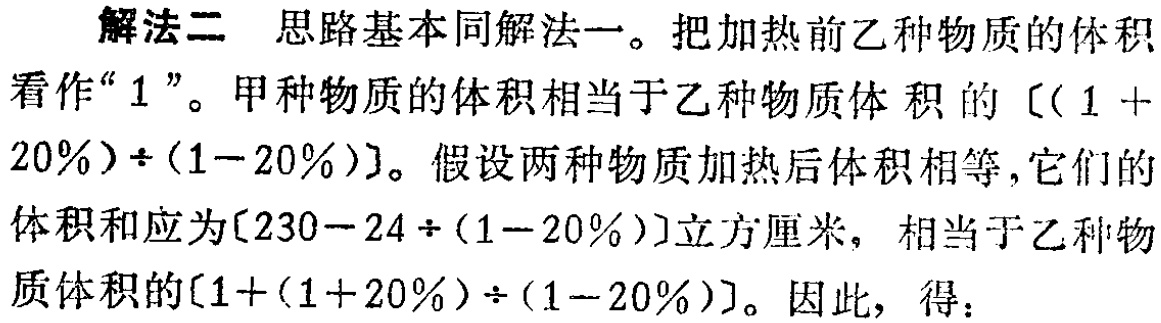
解法二 思路基本同解法一。把加热前乙种物质的体积看作“\(1\)”。甲种物质的体积相当于乙种物质体积的\([(1 + 20\%)\div(1 - 20\%)]\)。假设两种物质加热后体积相等，它们的体积和应为\([230 - 24\div(1 - 20\%)]\)立方厘米，相当于乙种物质体积的\([1+(1 + 20\%)\div(1 - 20\%)]\)。因此，得：